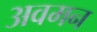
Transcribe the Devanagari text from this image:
अवमन